Report on plague and inoculation in the Punjab from October 1st ... to September 30th..., being the ... season of plague in the province
Disease focus: Plague
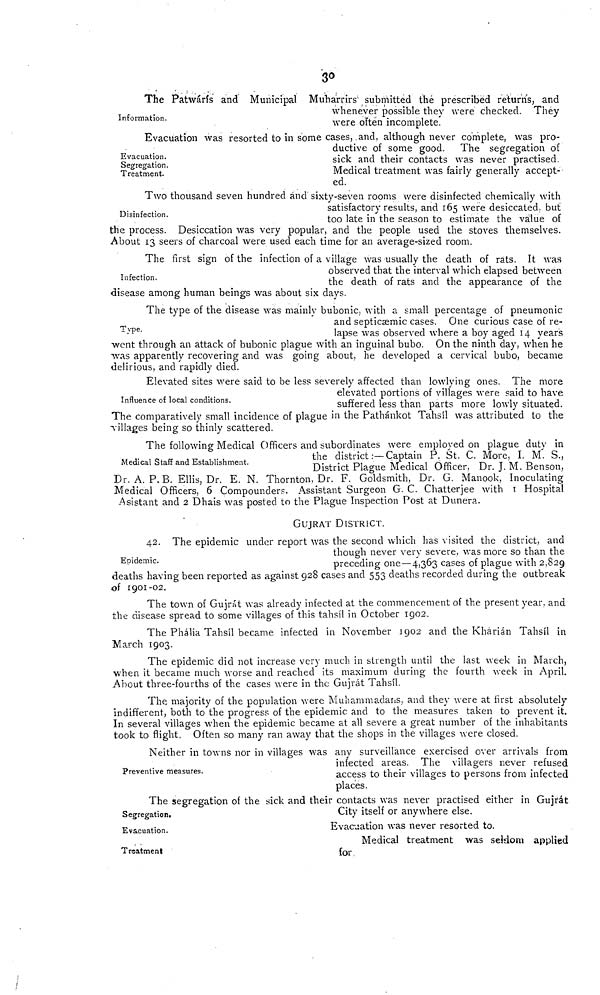
30
Information.
The Patwárís and Municipal Muharrirs submitted the prescribed returns, and
whenever possible they were checked. They
were often incomplete.
Evacuation.
Segregation.
Treatment.
Evacuation was resorted to in some cases, and, although never complete, was pro-
ductive of some good. The segregation of
sick and their contacts was never practised.
Medical treatment was fairly generally accept-
ed.
Disinfection.
Two thousand seven hundred and sixty-seven rooms were disinfected chemically with
satisfactory results, and 165 were desiccated, but
too late in the season to estimate the value of
the process. Desiccation was very popular, and the people used the stoves themselves.
About 13 seers of charcoal were used each time for an average-sized room.
Infection.
The first sign of the infection of a village was usually the death of rats. It was
observed that the interval which elapsed between
the death of rats and the appearance of the
disease among human beings was about six days.
Type.
The type of the disease was mainly bubonic, with a small percentage of pneumonic
and septicsemic cases. One curious case of re-
lapse was observed where a boy aged 14 years
went through an attack of bubonic plague with an inguinal bubo. On the ninth day, when he
was apparently recovering and was going about, he developed a cervical bubo, became
delirious, and rapidly died.
Influence of local conditions.
Elevated sites were said to be less severely affected than lowlying ones. The more
elevated portions of villages were said to have
suffered less than parts more lowly situated.
The comparatively small incidence of plague in the Pathánkot Tahsíl was attributed to the
villages being so thinly scattered.
Medical Staff and Establishment.
The following Medical Officers and subordinates were employed on plague duty in
the district :— Captain P. St. C. More, I. M. S.,
District Plague Medical Officer, Dr. J. M. Benson,
Dr. A. P. B. Ellis, Dr. E. N. Thornton, Dr. F. Goldsmith, Dr. G. Manook, Inoculating
Medical Officers, 6 Compounders. Assistant Surgeon G. C. Chatterjee with I Hospital
Asistant and 2 Dhais was posted to the Plague Inspection Post at Dunera.
GUJRAT DISTRICT.
Epidemic.
42. The epidemic under report was the second which has visited the district, and
though never very severe, was more so than the
preceding one—4,363 cases of plague with 2,829
deaths having been reported as against 928 cases and 553 deaths recorded during the outbreak
of 1901-02.
The town of Gujrát was already infected at the commencement of the present year, and
the disease spread to some villages of this tahsíl in October 1902.
The Phália Tahsíl became infected in November 1902 and the Kharián Tahsíl in
March 1903.
The epidemic did not increase very much in strength until the last week in March,
when it became much worse and reached its maximum during the fourth week in April.
About three-fourths of the cases were in the Gujrát Tahsíl.
The majority of the population were Muhammadans, and they were at first absolutely
indifferent, both to the progress of the epidemic and to the measures taken to prevent it.
In several villages when the epidemic became at all severe a great number of the inhabitants
took to flight. Often so many ran away that the shops in the villages were closed.
Preventive measures.
Neither in towns nor in villages was any surveillance exercised over arrivals from
infected areas. The villagers never refused
access to their villages to persons from infected
places.
Segregation.
Evacuation.
Treatment
The segregation of the sick and their contacts was never practised either in Gujrát
City itself or anywhere else.
Evacuation was never resorted to.
Medical treatment was seldom applied
for